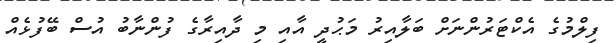
ފިލްމުގެ އެކްޓަރުންނަށް ބަލާއިރު މަޙުދީ އާއި މި ދާއިރާގެ ފުންނާބު އުސް ބޭފުޅެއް